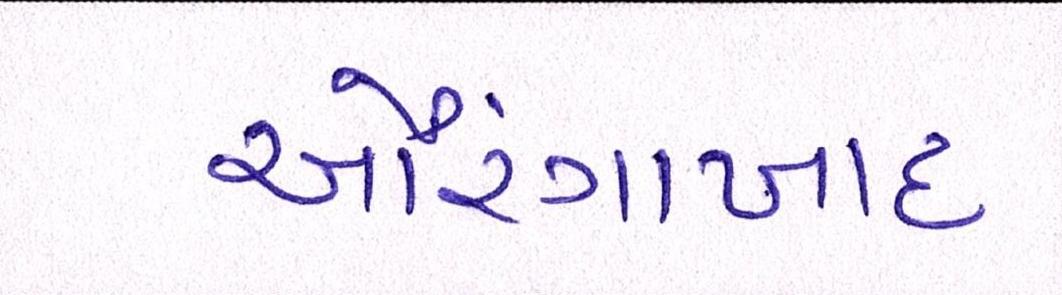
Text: ઔરંગાબાદ